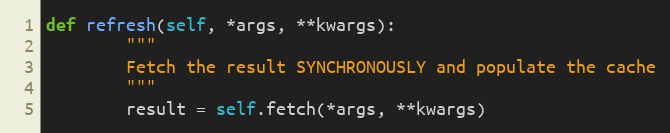
Language: Python
def refresh(self, *args, **kwargs):
        """
        Fetch the result SYNCHRONOUSLY and populate the cache
        """
        result = self.fetch(*args, **kwargs)